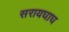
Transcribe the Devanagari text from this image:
सरायघाघ